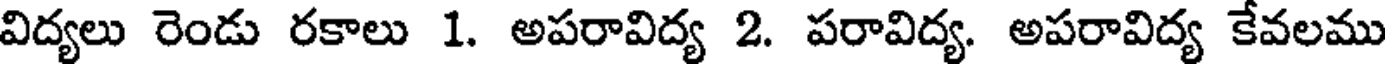
విద్యలు రెండు రకాలు 1. అపరావిద్య 2. పరావిద్య. అపరావిద్య కేవలము